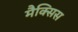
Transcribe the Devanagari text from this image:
मैक्सिस